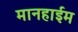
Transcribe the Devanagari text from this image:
मानहाईम